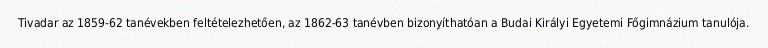
Tivadar az 1859-62 tanévekben feltételezhetően, az 1862-63 tanévben bizonyíthatóan a Budai Királyi Egyetemi Főgimnázium tanulója.